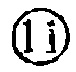
\textcircled{1}\text{i}